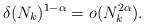
LaTeX: \begin{align*}\delta(N_k)^{1-\alpha}=o(N_k^{2\alpha}).\end{align*}